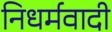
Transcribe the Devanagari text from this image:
निधर्मवादी